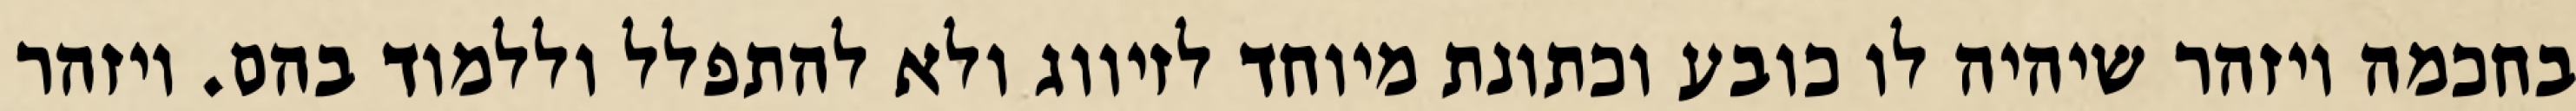
בחכמה ויזהר שיהיה לו כובע וכתונת מיוחד לזיווג ולא להתפלל וללמוד בהם. ויזהר